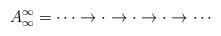
LaTeX: \begin{align*}A^\infty_\infty = \cdots \to \cdot \to \cdot \to \cdot \to \cdots\end{align*}